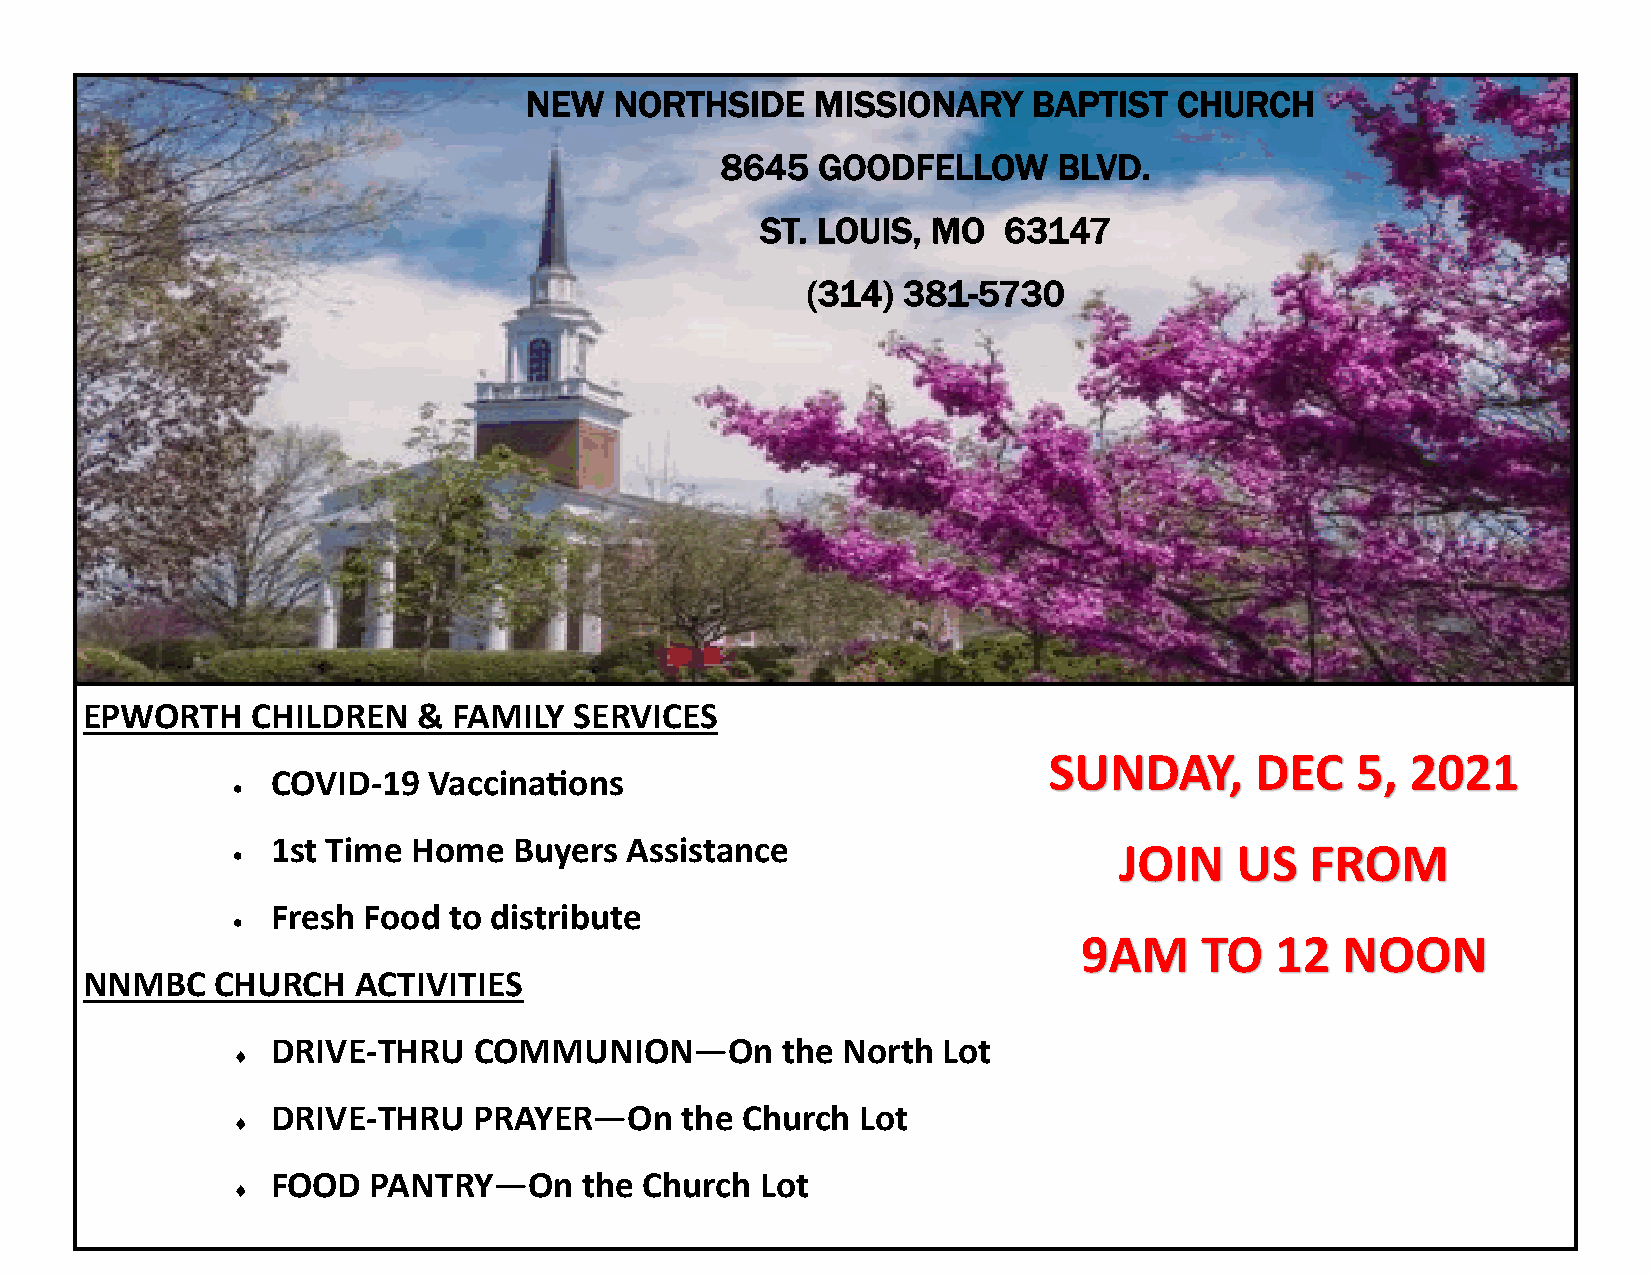
NEW   NORTHSIDE    MISSIONARY    BAPTIST   CHURCH
 8645  GOODFELLOW      BLVD.
 ST. LOUIS,  MO  63147
 (314)  381-5730
 EPWORTH     CHILDREN   & FAMILY  SERVICES
 SUNDAY,       DEC    5, 2021
 COVID-19  Vaccinations
 •
 •  1st Time Home   Buyers Assistance                       JOIN    US   FROM
 Fresh Food  to distribute
 •
 9AM    TO   12   NOON
 NNMBC    CHURCH    ACTIVITIES
 DRIVE-THRU   COMMUNION—On         the North Lot
 
 DRIVE-THRU   PRAYER—On     the Church  Lot
 
 FOOD   PANTRY—On    the  Church Lot
 